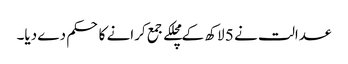
عدالت نے 5 لاکھ کے مچلکے جمع کرانے کا حکم دے دیا۔